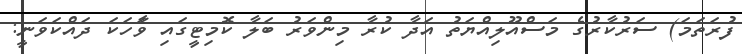
ފުރަތަމަ) ސަރުކާރުގެ މަސްއޫލިއްޔަތު އަދާ ކުރާ މިންވަރު ބަލާ ކޮމިޓީގައި ވާަހަކަ ދައްކަވަނީ: